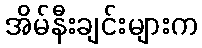
အိမ်နီးချင်းများက